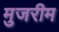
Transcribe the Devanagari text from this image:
मुजरीम